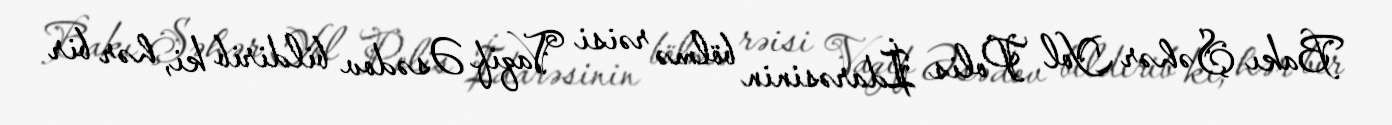
Bakı Şəhər Yol Polis İdarəsinin bölmə rəisi Vaqif Əsədov bildirib ki, hər bir